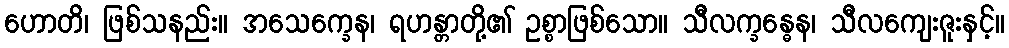
ဟောတိ၊ ဖြစ်သနည်း။ အသေက္ခေန၊ ရဟန္တာတို့၏ ဥစ္စာဖြစ်သော။ သီလက္ခန္ဓေန၊ သီလကျေးဇူးနှင့်။